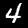
Digit: 4